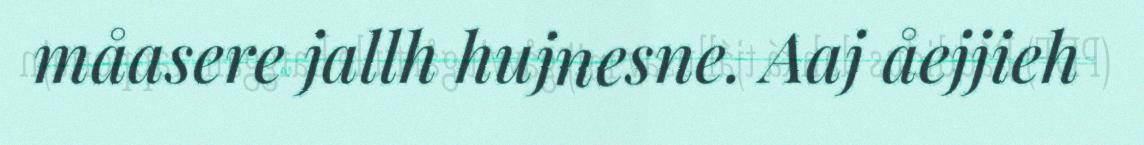
måasere jallh hujnesne. Aaj åejjieh